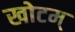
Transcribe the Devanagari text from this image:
खोटम्